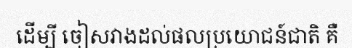
ដើម្បី ចៀសវាងដល់ផលប្រយោជន៍ជាតិ គឺ